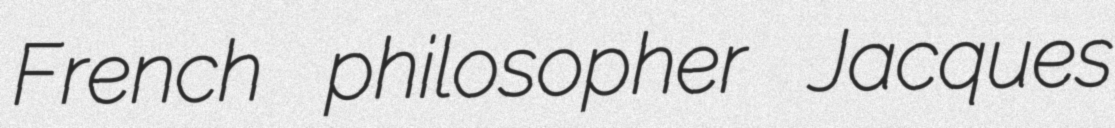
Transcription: French philosopher Jacques